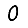
Digit: 0